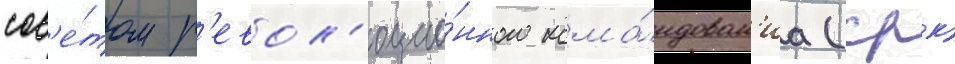
сов'е́том р'евол'юцио́нного кома́ндован'иа (срк)